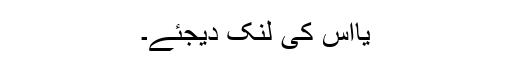
یااس کی لنک دیجئے۔